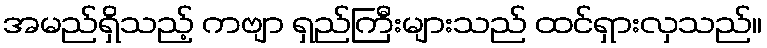
အမည်ရှိသည့် ကဗျာ ရှည်ကြီးများသည် ထင်ရှားလှသည်။